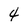
Character: 4